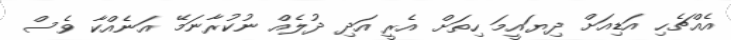
އެއްޗެހި އަޑިއަށް ދިޔައީމަ ހިތަށް އެރީ އަދި ދުލެއް ނުކުރާނަމޭ އަނެއްކާ ވެސް